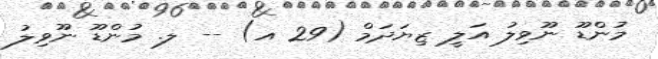
މުންޑޫ ނޫވިލު އަލީ ޒިޔަދަމް (29 އ) -- ލ. މުންޑޫ ނޫވިލު